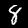
Label: 8